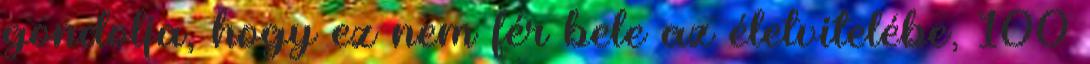
gondolja, hogy ez nem fér bele az életvitelébe, 100